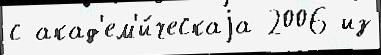
с акад'ем'и́ческаjа 2006 из